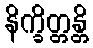
နိက္ခိတ္တန္တိ